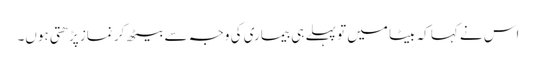
اس نے کہا کہ بیٹا میں تو پہلے ہی بیماری کی وجہ سے بیٹھ کر نماز پڑھتی ہوں۔